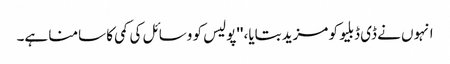
انہوں نے ڈی ڈبلیو کو مزید بتایا، ''پولیس کو وسائل کی کمی کا سامنا ہے۔